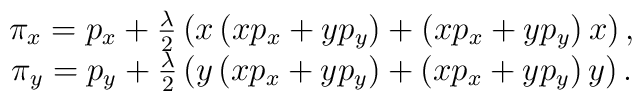
\begin{array}{c} \pi_x= p_x + \frac{\lambda}{2}\left( x \left( x p_x + y p_y\right)+ \left( x p_x + yp_y\right) x \right),\\ \pi_y = p_y + \frac{\lambda}{2}\left( y \left( x p_x + y p_y\right)+ \left( x p_x + yp_y\right) y \right).\end{array}